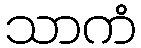
သာကံ